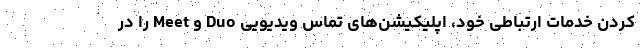
کردن خدمات ارتباطی خود، اپلیکیشن‌های تماس ویدیویی Duo و Meet را در